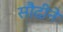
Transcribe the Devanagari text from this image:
सौदीने